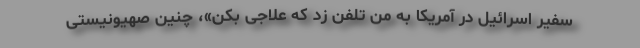
سفیر اسرائیل در آمریکا به من تلفن زد که علاجی بکن»، چنین صهیونیستی